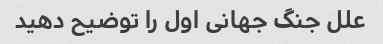
علل جنگ جهانی اول را توضیح دهید